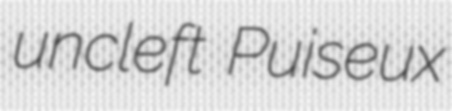
uncleft Puiseux